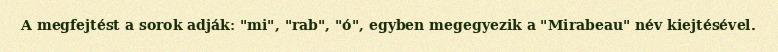
A megfejtést a sorok adják: "mi", "rab", "ó", egyben megegyezik a "Mirabeau" név kiejtésével.